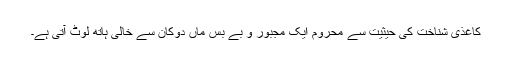
کاغذی شناخت کی حیثیت سے محروم ایک مجبور و بے بس ماں دوکان سے خالی ہاتھ لوٹ آتی ہے۔